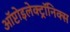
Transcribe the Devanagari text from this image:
ऑप्टोइलेक्ट्रॉनिक्स